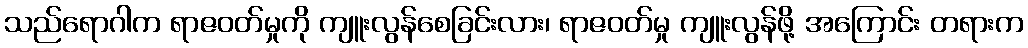
သည်ရောဂါက ရာဇဝတ်မှုကို ကျူးလွန်စေခြင်းလား၊ ရာဇဝတ်မှု ကျူးလွန်ဖို့ အကြောင်း တရားက